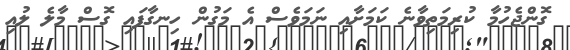
ގޮންޖެހުމާ ކުރިމަތިވާނެ ކަމަށާއި ނަމަވެސް އެ މަގުން ހިނގާފައި ގޮސް މާލެ ލުއި